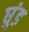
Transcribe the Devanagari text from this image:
घुंड